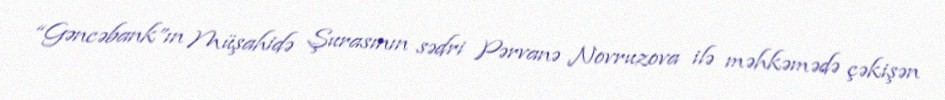
“Gəncəbank”ın Müşahidə Şurasının sədri Pərvanə Novruzova ilə məhkəmədə çəkişən